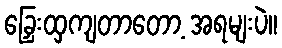
ခြှေးထှကျတာတော့ အရမျးပဲ။